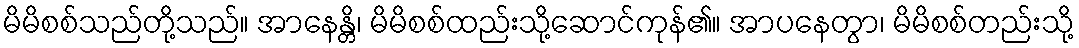
မိမိစစ်သည်တို့သည်။ အာနေန္တိ၊ မိမိစစ်ထည်းသို့ဆောင်ကုန်၏။ အာပနေတွာ၊ မိမိစစ်တည်းသို့